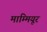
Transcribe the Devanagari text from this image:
माम्मियूर